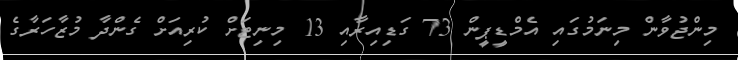
މިންޖުވާން މިނަމުގައި އެމްޑީޕީން 73 ގަޑިއިރާއި 13 މިނިޓަށް ކުރިއަށް ގެންދާ މުޒާހަރާގެ